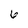
Character: 6